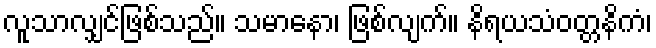
လူသာလျှင်ဖြစ်သည်။ သမာနော၊ ဖြစ်လျက်။ နိရယသံဝတ္တနိကံ၊